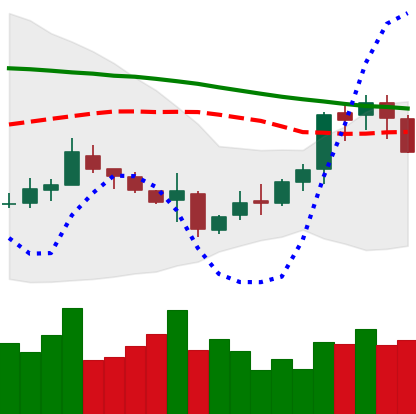
Ticker: XMR-USD
Chart end date: 2018-11-08
Forward return: -3.056%
Label: down_3_5